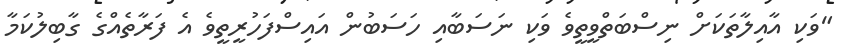
"ވަކި އާއިލާތަަކަށް ނިސްބަތްވީތީވެ ވަކި ނަސަބާއި ހަސަބުން އައިސްފަހުރީތީވެ އެ ފަރާތެއްގެ ގާބިލުކަމާ